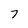
Character: 7